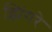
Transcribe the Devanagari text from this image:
झिंगरे